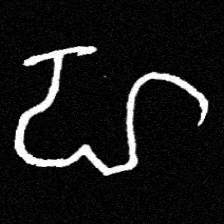
Pyu character \u2014 Myanmar letter: ဟ (romanized: ha)